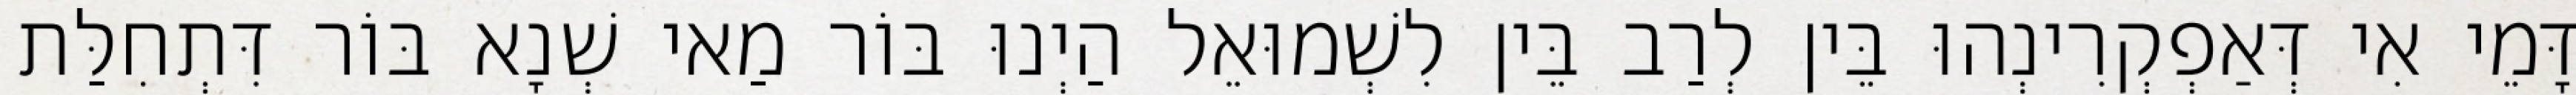
דָּמֵי אִי דְּאַפְקְרִינְהוּ בֵּין לְרַב בֵּין לִשְׁמוּאֵל הַיְנוּ בּוֹר מַאי שְׁנָא בּוֹר דִּתְחִלַּת